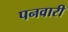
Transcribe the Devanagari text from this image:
पनवारी